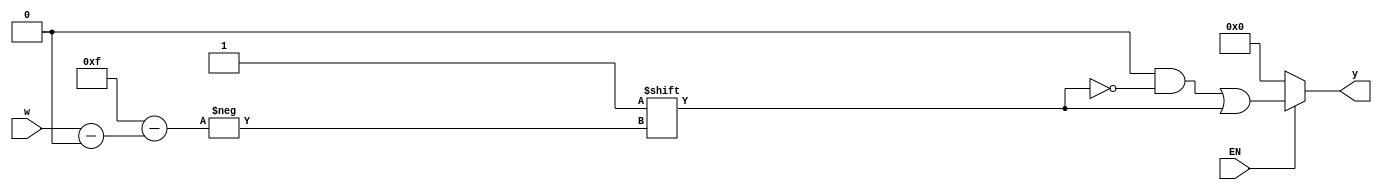
`timescale 1ns / 1ps
//////////////////////////////////////////////////////////////////////////////////
// Company: 
// Engineer: 
// 
// Design Name: 
// Module Name: Generic_Decoder
// Project Name: 
// Target Devices: 
// Tool Versions: 
// Description: 
// 
// Dependencies: 
// 
// Revision:
// Revision 0.01 - File Created
// Additional Comments:
// 
//////////////////////////////////////////////////////////////////////////////////


module Generic_Decoder #(parameter N=4)(
        input [N-1:0]w,
        input EN,
        output reg [0: 2**N-1]y
    );
    always @(w,EN)
    begin
        y='b0;  //Default value
        if(EN)
            y[w]=1'b1;
        else
             y='b0;
    end
    
    
endmodule